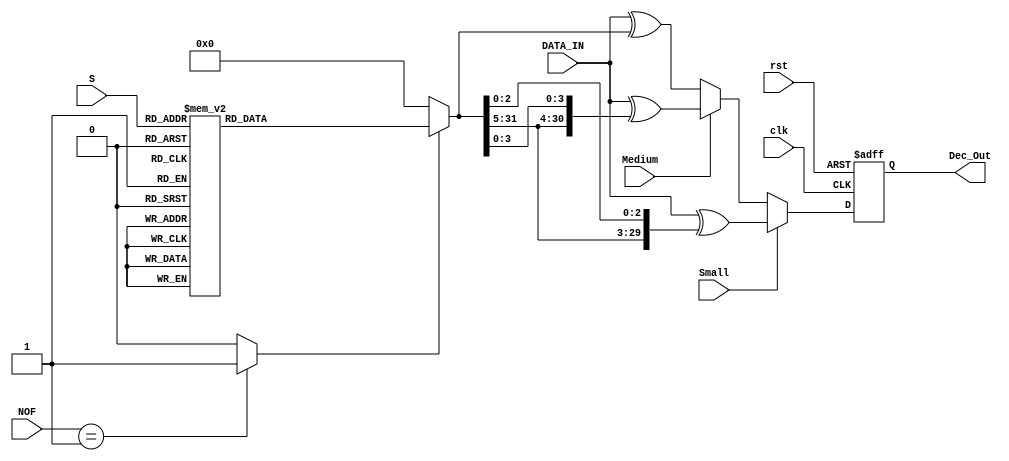
module Error_fix 
#(
parameter DATA_WIDTH = 32
// parameter AMBA_ADDR_WIDTH = 20,
// parameter AMBA_WORD = 32
)
(
input   clk,
input 	rst,
input  [4:0] S,   //Row to fix
input  [1:0] NOF, //Number of errors
input   Small,
input   Medium,
//input   Enc_Done,
input  [31:0] DATA_IN,
//output reg Error_Done = 1'b0,
output reg [DATA_WIDTH-1:0] Dec_Out
);
reg [31:0] Bit_fix;// = {AMBA_WORD{1'b0}};
wire Enable_Fix;// = 1'b0;


//if NOF = 1 there is one error and we can fix it
assign Enable_Fix = NOF==2'b01 ? 1'b1 : 1'b0 ; 


 
  //============================================================//
 //Bit_fix is One Hot - by the value of S we can find the index of the error, calculated from the matrix H
//============================================================//

always @(Enable_Fix or S) begin : Find_Number_Of_Errors // Number of errors
	if(Enable_Fix) 
		begin
			case(S)
				5'b00001:	Bit_fix <= {{31{1'b0}},{1'b1}};
				5'b00010:	Bit_fix <= {{30{1'b0}},{1'b1},{1'b0}};	
				5'b00100:	Bit_fix <= {{29{1'b0}},{1'b1},{2{1'b0}}};
				5'b01000:	Bit_fix <= {{28{1'b0}},{1'b1},{3{1'b0}}};
				5'b10000:	Bit_fix <= {{27{1'b0}},{1'b1},{4{1'b0}}};
				5'b00000:	Bit_fix <= {{26{1'b0}},{1'b1},{5{1'b0}}};
				5'b00011:	Bit_fix <= {{25{1'b0}},{1'b1},{6{1'b0}}};
				5'b00101:	Bit_fix <= {{24{1'b0}},{1'b1},{7{1'b0}}};
				5'b00110:	Bit_fix <= {{23{1'b0}},{1'b1},{8{1'b0}}};
				5'b00111:	Bit_fix <= {{22{1'b0}},{1'b1},{9{1'b0}}};
				5'b01001:	Bit_fix <= {{21{1'b0}},{1'b1},{10{1'b0}}};
				5'b01010:	Bit_fix <= {{20{1'b0}},{1'b1},{11{1'b0}}};
				5'b01011:	Bit_fix <= {{19{1'b0}},{1'b1},{12{1'b0}}};
				5'b01100:	Bit_fix <= {{18{1'b0}},{1'b1},{13{1'b0}}};
				5'b01101:	Bit_fix <= {{17{1'b0}},{1'b1},{14{1'b0}}};
				5'b01110:	Bit_fix <= {{16{1'b0}},{1'b1},{15{1'b0}}};
				5'b01111:	Bit_fix <= {{15{1'b0}},{1'b1},{16{1'b0}}};
				5'b10001:	Bit_fix <= {{14{1'b0}},{1'b1},{17{1'b0}}};
				5'b10010:	Bit_fix <= {{13{1'b0}},{1'b1},{18{1'b0}}};
				5'b10011:	Bit_fix <= {{12{1'b0}},{1'b1},{19{1'b0}}};
				5'b10100:	Bit_fix <= {{11{1'b0}},{1'b1},{20{1'b0}}};
				5'b10101:	Bit_fix <= {{10{1'b0}},{1'b1},{21{1'b0}}};
				5'b10110:	Bit_fix <= {{9{1'b0}},{1'b1},{22{1'b0}}};
				5'b10111:	Bit_fix <= {{8{1'b0}},{1'b1},{23{1'b0}}};
				5'b11000:	Bit_fix <= {{7{1'b0}},{1'b1},{24{1'b0}}};
				5'b11001:	Bit_fix <= {{6{1'b0}},{1'b1},{25{1'b0}}};
				5'b11010:	Bit_fix <= {{5{1'b0}},{1'b1},{26{1'b0}}};
				5'b11011:	Bit_fix <= {{4{1'b0}},{1'b1},{27{1'b0}}};
				5'b11100:	Bit_fix <= {{3{1'b0}},{1'b1},{28{1'b0}}};
				5'b11101:	Bit_fix <= {{2{1'b0}},{1'b1},{29{1'b0}}};
				5'b11110:	Bit_fix <= {{1'b0},{1'b1},{30{1'b0}}};
				default :	Bit_fix <= {{1'b1},{31{1'b0}}};
			endcase
		end
	else 
		Bit_fix <= {32{1'b0}};
   
  end
  
  
   //============================================================//
  // Decoder out put - Dec_Out is set after an error has fixed if NOF was 1, output=input if NOF is 0, and output=0000..0 if NOF=2
 //============================================================//
always @(posedge clk or negedge rst) begin : Error_Fix_Out
	if(!rst) 
		begin
			Dec_Out <= {DATA_WIDTH{1'b0}};
		end		
	else 
		begin
		if(Small) 
			begin	
				Dec_Out	<=	DATA_IN[DATA_WIDTH-1:0]^{{2'b00},{Bit_fix[DATA_WIDTH-1:5]},{Bit_fix[2:0]}};
			end
		else 
			if (Medium) 
				begin
					Dec_Out	<=	DATA_IN[DATA_WIDTH-1:0]^{{1'b0},{Bit_fix[DATA_WIDTH-1:5]},{Bit_fix[3:0]}};
				end
			else 
				begin
					Dec_Out	<=	DATA_IN[DATA_WIDTH-1:0]^Bit_fix[DATA_WIDTH-1:0];
				end
		end
	
end


endmodule